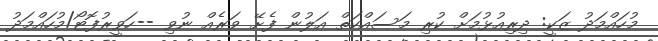
މުހައްމަދު ޒަކީ: ދިރިއުޅުމަށް ކުރި މަސައްކަތް އަލުން ފެށޭ ވަރެއް ނުވި --ހަވީރުފޮޓޯ/މުހައްމަދު